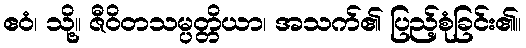
ဧဝံ၊ သို့။ ဇီဝိတသမ္ပတ္တိယာ၊ အသက်၏ ပြည့်စုံခြင်း၏။